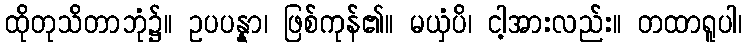
ထိုတုသိတာဘုံ၌။ ဥပပန္နာ၊ ဖြစ်ကုန်၏။ မယှံပိ၊ ငါ့အားလည်း။ တထာရူပါ၊